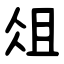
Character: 俎